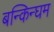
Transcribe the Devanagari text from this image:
बन्किन्घम